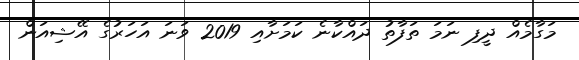
މަގާމެއް ދީފި ނަމަ ތަފާތު ދައްކާނެ ކަމަށާއި 2019 ވަނަ އަހަރުގެ އޭޝިއަން